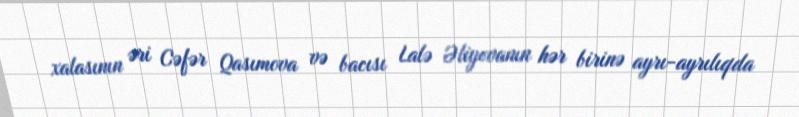
xalasının əri Cəfər Qasımova və bacısı Lalə Əliyevanın hər birinə ayrı-ayrılıqda